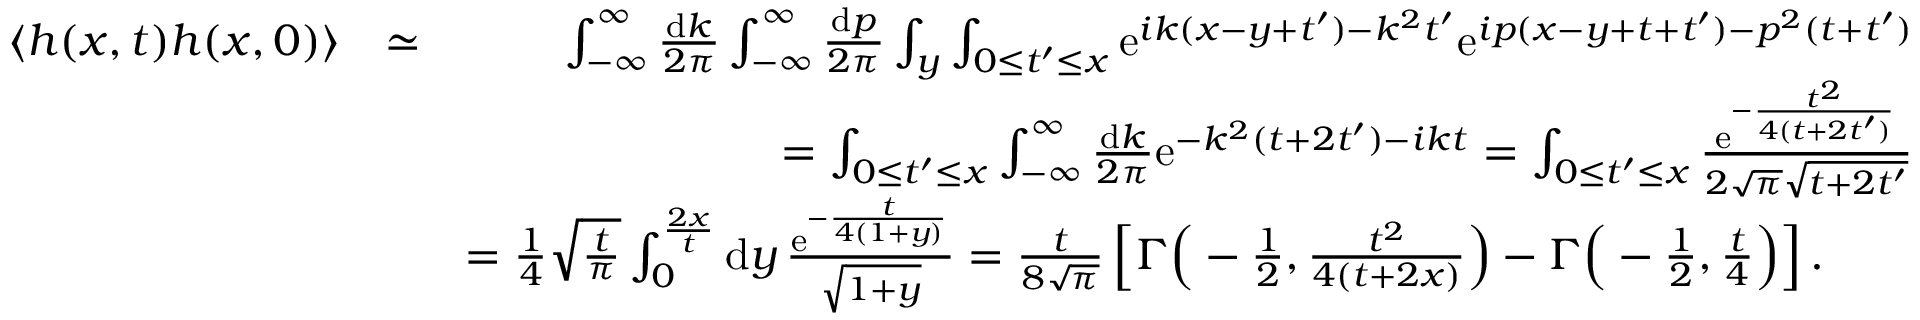
\begin{array} { r l r } { \! \left< h ( x , t ) h ( x , 0 ) \right> } & { \simeq } & { \int _ { - \infty } ^ { \infty } \frac { \mathrm { d } k } { 2 \pi } \int _ { - \infty } ^ { \infty } \frac { \mathrm { d } p } { 2 \pi } \int _ { y } \int _ { 0 \le t ^ { \prime } \le x } \mathrm { e } ^ { i k ( x - y + t ^ { \prime } ) - k ^ { 2 } t ^ { \prime } } \mathrm { e } ^ { i p ( x - y + t + t ^ { \prime } ) - p ^ { 2 } ( t + t ^ { \prime } ) } } \\ & { } & { = \int _ { 0 \le t ^ { \prime } \le x } \int _ { - \infty } ^ { \infty } \frac { \mathrm { d } k } { 2 \pi } \mathrm { e } ^ { - k ^ { 2 } ( t + 2 t ^ { \prime } ) - i k t } = \int _ { 0 \le t ^ { \prime } \le x } \frac { \mathrm { e } ^ { - \frac { t ^ { 2 } } { 4 ( t + 2 t ^ { \prime } ) } } } { 2 \sqrt { \pi } \sqrt { t + 2 t ^ { \prime } } } } \\ & { } & { = \frac 1 4 \sqrt { \frac t \pi } \int _ { 0 } ^ { \frac { 2 x } t } \mathrm { d } y \, \frac { \mathrm { e } ^ { - \frac { t } { 4 ( 1 + y ) } } } { \sqrt { 1 + y } } = \frac t { 8 \sqrt { \pi } } \left[ \Gamma \Big ( - \frac 1 2 , \frac { t ^ { 2 } } { 4 ( t + 2 x ) } \Big ) - \Gamma \Big ( - \frac 1 2 , \frac { t } { 4 } \Big ) \right] . \qquad } \end{array}